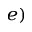
^ { e ) }